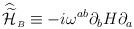
LaTeX: \begin{align*}{\widehat{\widetilde{\cal H}}}_{\scriptscriptstyle B}\equiv -i\omega^{ab}\partial_{b}H\partial_{a}\end{align*}